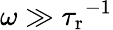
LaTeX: \omega\gg{\tau_{\mathrm{r}}}^{-1}